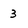
Character: 3